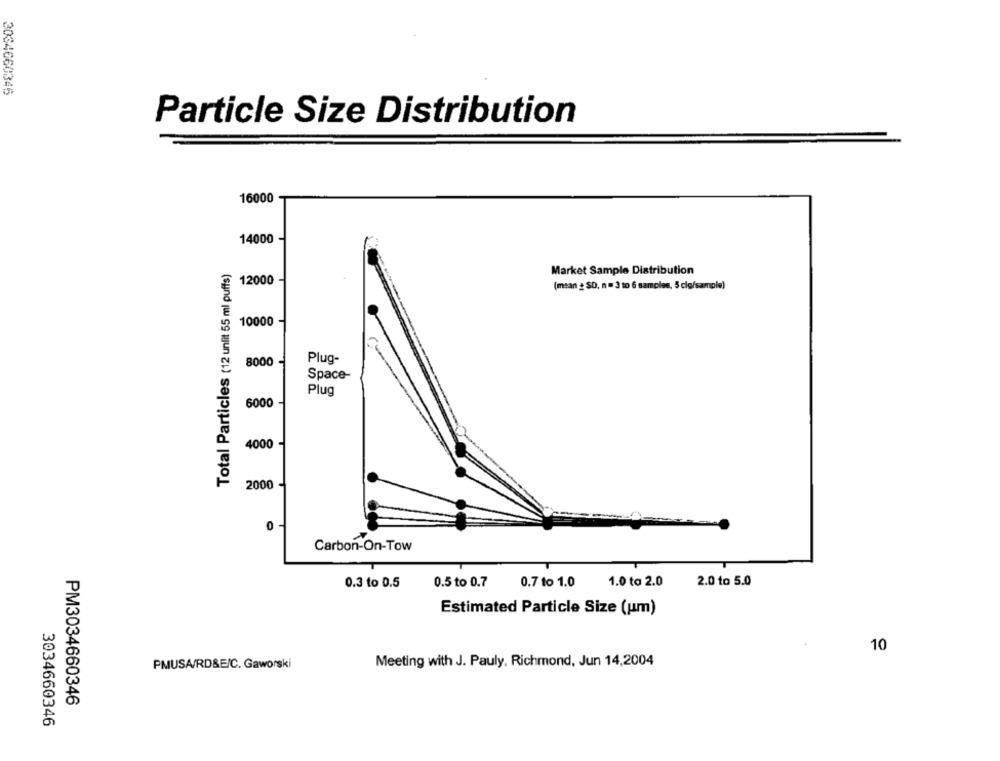
2034660346
Particle Size Distribution
16000
14000
Total Particles (12 unit 55 ml puffs)
Market Sample Distribution
12000 -
(msan & SD, n = 3 to 6 samples, 5 clo/sample)
10000 -
8000
Plug-
Space-
Plug
6000
4000
2000
0
Carbon-On-Tow
0.3 to 0.5
0.5 to 0.7
0.7 to 1.0
1.0 to 2.0
2.0 to 5.0
Estimated Particle Size (um)
10
Meeting with J. Pauly, Richmond, Jun 14,2004
PMUSA/RD&E/C. Gaworski
PM3034660346
3034660346